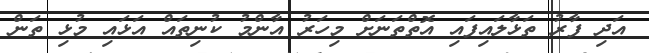
އަދި ފާރު ތަޅާލައިފައި އޮތްތަނަށް މިހަރު އާންމު ކުނިތައް އަޅައި މުޅި ތަން